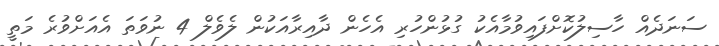
ސަނަދެއް ހާސިލުކޮށްފައިވުމާއެކު ގުޅުންހުރި އެހެން ދާއިރާއަކުން ލެވެލް 4 ނުވަތަ އެއަށްވުރެ މަތީ